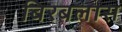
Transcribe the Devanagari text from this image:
बिरबलास